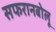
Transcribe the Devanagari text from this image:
सफरानबोलू